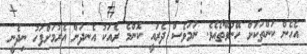
އެހެން ކަންތަކަށް ހޭނުވޭތޯއެވެ. ނަމަވެސް ދެރައީ ކޮންމެ ރެއަކު އެނދަށް އެރުމަށްފަހު ނިދެނީ